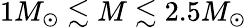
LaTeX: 1M_{\odot}\lesssim M\lesssim 2.5M_{\odot}